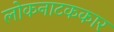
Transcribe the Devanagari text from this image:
लोकनाटककार